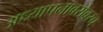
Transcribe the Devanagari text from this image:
अध्यापनाबरोबरच